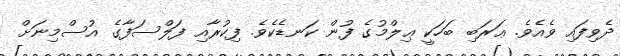
ދެވިފައި ވެއެވެ. ޢަރަބި ބަހަކީ ޢިލްމުގެ ފުން ކަނޑެކެވެ. ފިކުރާއި ފަލްސަފާގެ އުސްމިނަށް